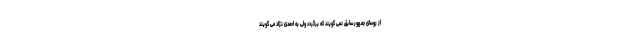
از روسای جمهور سابق نمی گویند که برگردد ولی به احمدی نژاد می گویند